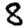
Digit: 8